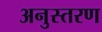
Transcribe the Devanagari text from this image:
अनुस्तरण